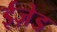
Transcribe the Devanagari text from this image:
ईज़ेड